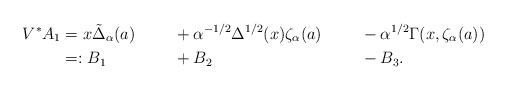
LaTeX: \begin{align*}V^* A_1 &= x \tilde \Delta_\alpha(a) &&+ \alpha^{-1/2} \Delta^{1/2}(x) \zeta_\alpha(a) &&- \alpha^{1/2} \Gamma(x, \zeta_\alpha(a) ) \\&=: B_1 &&+ B_2 &&- B_3.\end{align*}